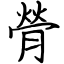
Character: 膋